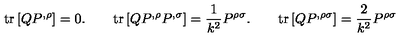
\mathrm { t r } \left[ Q P ^ { , \rho } \right] = 0 . \qquad \mathrm { t r } \left[ Q P ^ { , \rho } P ^ { , \sigma } \right] = \frac { 1 } { k ^ { 2 } } P ^ { \rho \sigma } . \qquad \mathrm { t r } \left[ Q P ^ { , \rho \sigma } \right] = \frac { 2 } { k ^ { 2 } } P ^ { \rho \sigma }